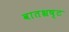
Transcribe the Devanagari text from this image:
वातभ्रष्ट